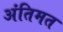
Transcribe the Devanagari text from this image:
अंतिमत